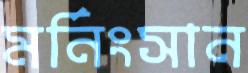
মর্নিংসান